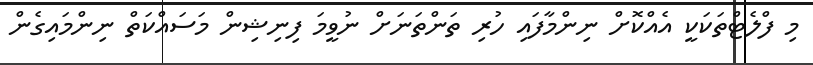
މި ފްލެޓްތަކަކީ އެއްކޮށް ނިންމާފައި ހުރި ތަންތަނަށް ނުވީމަ ފިނިޝިން މަސައްކަތް ނިންމައިގެން